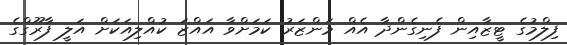
ފިލްމުގެ ޓީޒާއިން ފެނިގެންދާ އެއް މަންޒަރު ކަމަށްވާ އައްޒަ ކުއްލިއަކަށް އަލީ ފާރޫގްގެ